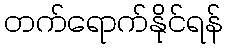
တက်ရောက်နိုင်ရန်